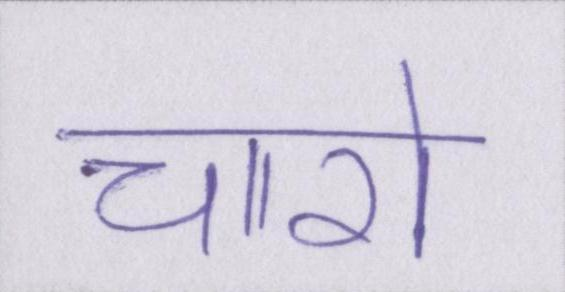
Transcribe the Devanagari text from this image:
चारो